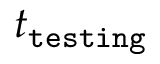
t _ { \tt t e s t i n g }